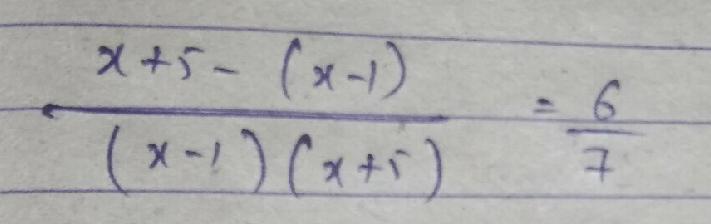
$\frac{x + 2-(x - 1)}{(x - 1)(x + 2)}=\frac{6}{7}$